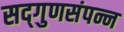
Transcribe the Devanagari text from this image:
सद्‌गुणसंपन्न